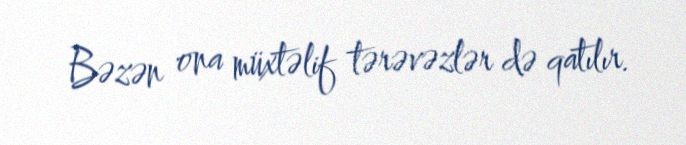
Bəzən ona müxtəlif tərəvəzlər də qatılır.